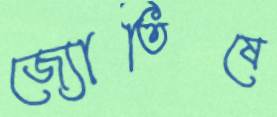
জ্যোতিষে